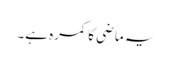
یہ ماضی کا کمرہ ہے۔